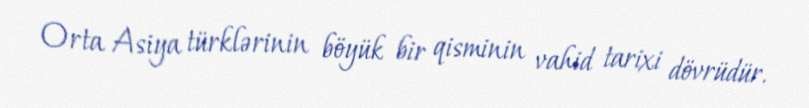
Orta Asiya türklərinin böyük bir qisminin vahid tarixi dövrüdür.